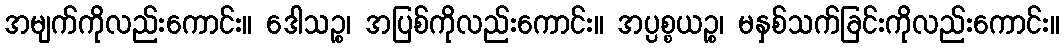
အမျက်ကိုလည်းကောင်း။ ဒေါသဉ္စ၊ အပြစ်ကိုလည်းကောင်း။ အပ္ပစ္စယဉ္စ၊ မနှစ်သက်ခြင်းကိုလည်းကောင်း။